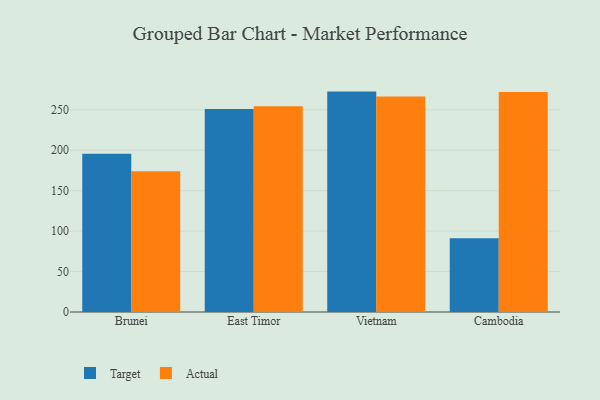
{"axis": {"x": "Country", "y": "Gross Profit (USD K)"}, "legend": ["Actual", "Target"], "data": [{"x": "Brunei", "y": 195.7, "type": "Target"}, {"x": "Brunei", "y": 173.9, "type": "Actual"}, {"x": "East Timor", "y": 250.9, "type": "Target"}, {"x": "East Timor", "y": 254.3, "type": "Actual"}, {"x": "Vietnam", "y": 272.4, "type": "Target"}, {"x": "Vietnam", "y": 266.3, "type": "Actual"}, {"x": "Cambodia", "y": 91.3, "type": "Target"}, {"x": "Cambodia", "y": 272.0, "type": "Actual"}]}